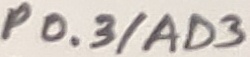
Text: P0.3/AD3